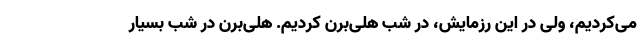
می‌کردیم، ولی در این رزمایش، در شب هلی‌برن کردیم. هلی‌برن در شب بسیار